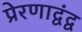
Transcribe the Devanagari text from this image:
प्रेरणाद्वंद्व